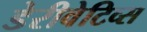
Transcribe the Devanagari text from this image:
डेरीवेटिव्स